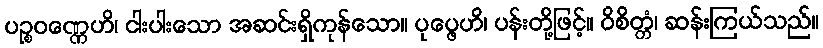
ပဉ္စဝဏ္ဏေဟိ၊ ငါးပါးသော အဆင်းရှိကုန်သော။ ပုပ္ဖေဟိ၊ ပန်းတို့ဖြင့်။ ဝိစိတ္တံ၊ ဆန်းကြယ်သည်။